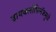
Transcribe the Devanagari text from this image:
डायक्लोफिनॅकमुळे